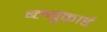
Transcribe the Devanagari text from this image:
ब्ल्युकार्ड